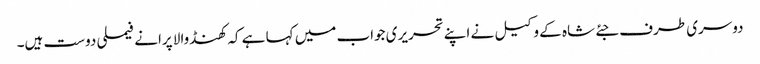
دوسری طرف جئے شاہ کے وکیل نے اپنے تحریری جواب میں کہا ہے کہ کھنڈوالا پرانے فیملی دوست ہیں۔